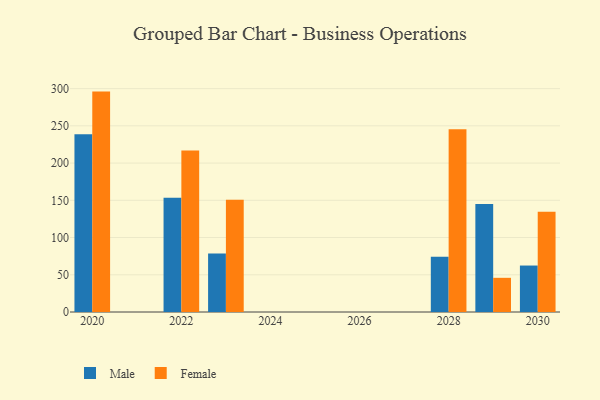
{"axis": {"x": "Year", "y": "Energy Usage (MWh)"}, "legend": ["Female", "Male"], "data": [{"x": "2028", "y": 74.2, "type": "Male"}, {"x": "2028", "y": 245.5, "type": "Female"}, {"x": "2029", "y": 144.9, "type": "Male"}, {"x": "2029", "y": 45.9, "type": "Female"}, {"x": "2030", "y": 62.4, "type": "Male"}, {"x": "2030", "y": 134.6, "type": "Female"}, {"x": "2023", "y": 78.6, "type": "Male"}, {"x": "2023", "y": 150.8, "type": "Female"}, {"x": "2022", "y": 153.3, "type": "Male"}, {"x": "2022", "y": 216.9, "type": "Female"}, {"x": "2020", "y": 238.7, "type": "Male"}, {"x": "2020", "y": 296.0, "type": "Female"}]}